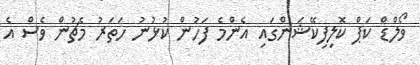
ވޯލްޑް ކަޕް ކޮލިފިކޭޝަންގައި އެންމެ ފަހުން ކުޅުނު ހަތަރު މެޗުން ވެސް އެ